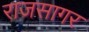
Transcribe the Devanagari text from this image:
राजसागर